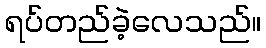
ရပ်တည်ခဲ့လေသည်။